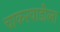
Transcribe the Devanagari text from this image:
चाकरवाडीला